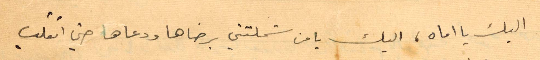
اليك يا اماه يا من شملتني برضاها ودعاها حتى انقلب